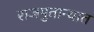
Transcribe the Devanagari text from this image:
राजपुतान्यात